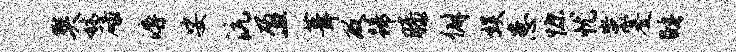
樊秫碌溽娑沆盈葺及蹄膝僻娱患慷忧蚩蹇睡